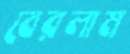
বেরলাম